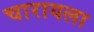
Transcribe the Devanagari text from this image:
चारायला